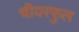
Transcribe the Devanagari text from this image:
चीयरफुल